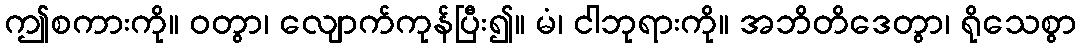
ဤစကားကို။ ဝတွာ၊ လျောက်ကုန်ပြီး၍။ မံ၊ ငါဘုရားကို။ အဘိတိဒေတွာ၊ ရိုသေစွာ